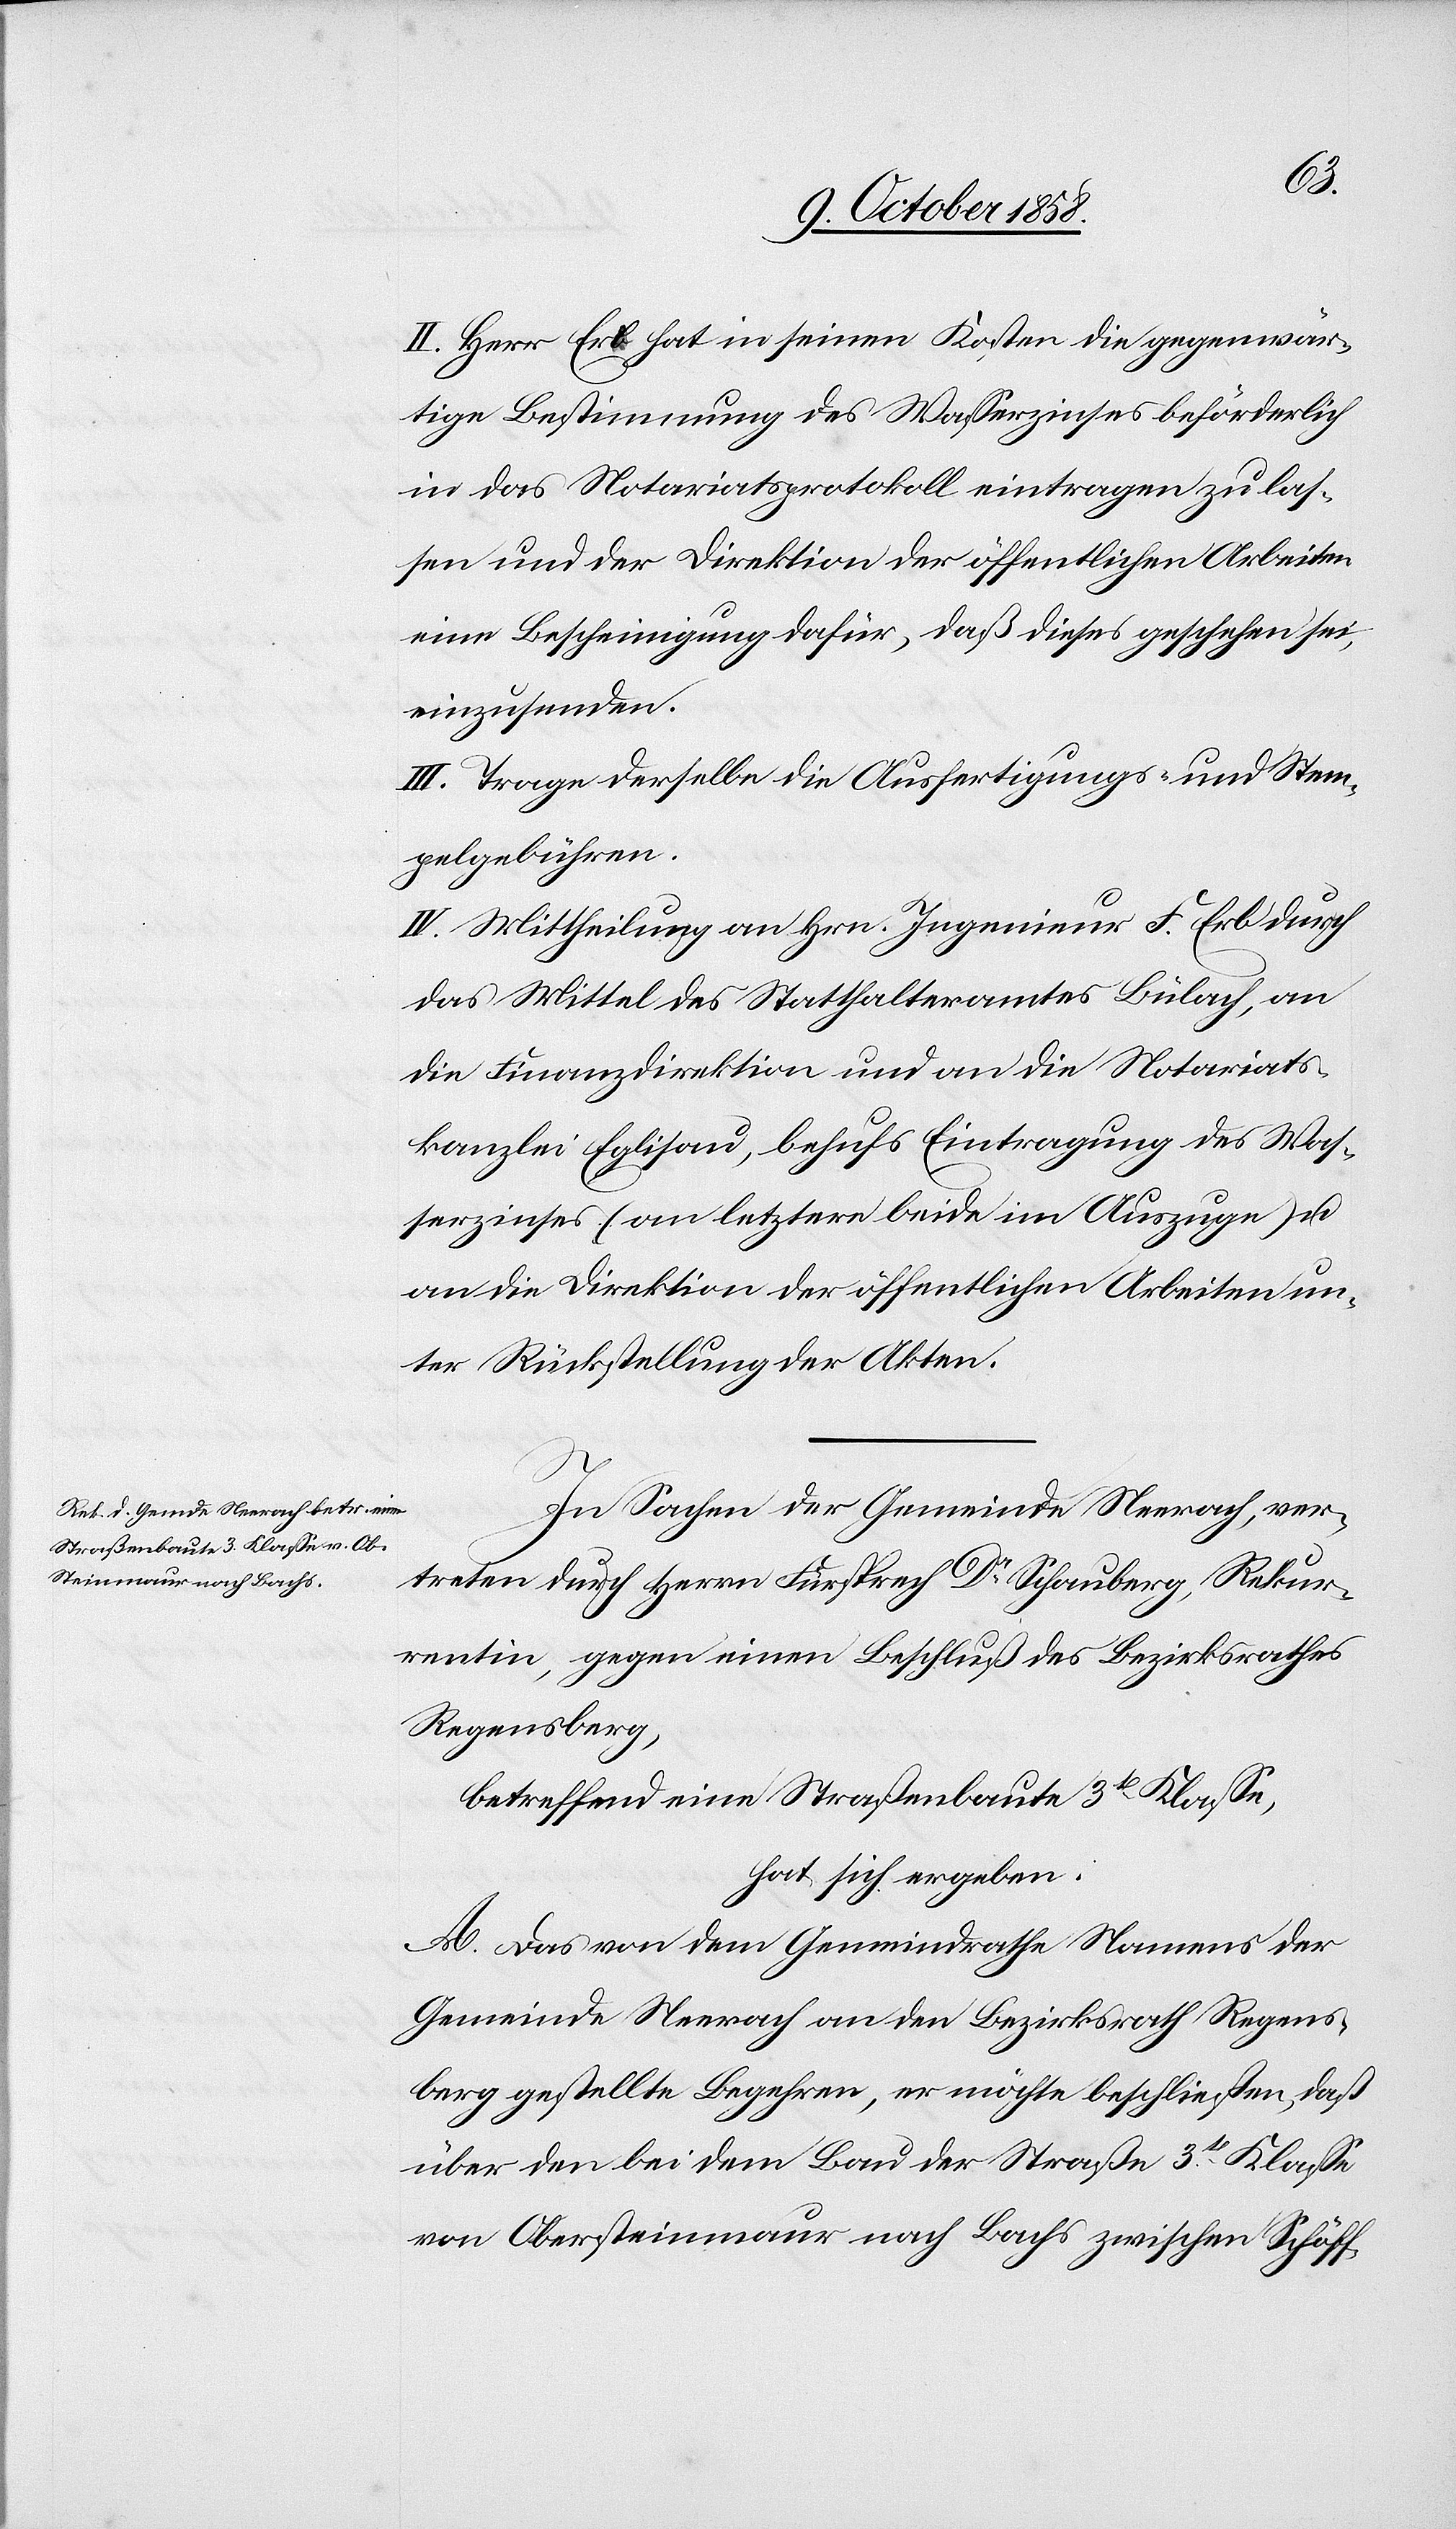
II. Herr Erb hat in seinen Kosten die gegenwär¬
tige Bestimmung des Wasserzinses beförderlich
in das Notariatsprotokoll eintragen zu las¬
sen und der Direktion der öffentlichen Arbeiten
eine Bescheinigung dafür, daß dieses geschehen sei,
einzusenden.
III. Trage derselbe die Ausfertigungs- und Stem¬
pelgebühren.
IV. Mittheilung an Hrn. Ingenieur F. Erb durch
das Mittel des Statthalteramtes Bülach, an
die Finanzdirektion und an die Notariats¬
kanzlei Eglisau, behufs Eintragung des Was¬
serzinses (an letztere beide im Auszuge) u.
an die Direktion der öffentlichen Arbeiten un¬
ter Rückstellung der Akten.
In Sachen der Gemeinde Neerach, ver¬
treten durch Herrn Fürsprech Dr. Schauberg, Rekur¬
rentin, gegen einen Beschluß des Bezirksrathes
Regensberg,
betreffend eine Straßenbaute 3t Klasse,
hat sich ergeben:
A. Das von dem Gemeindrathe Namens der
Gemeinde Neerach an den Bezirksrath Regens¬
berg gestellte Begehren, er möchte beschließen, daß
über den bei dem Bau der Straße 3t Klasse
von Obersteinmaur nach Bachs zwischen Schöff-